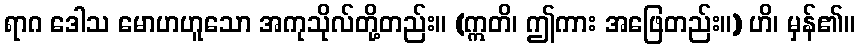
ရာဂ ဒေါသ မောဟဟူသော အကုသိုလ်တို့တည်း။ (ဣတိ၊ ဤကား အဖြေတည်း။) ဟိ၊ မှန်၏။